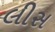
લીસ